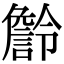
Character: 𧫹